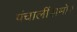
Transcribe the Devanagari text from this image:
पंचालींसमोर